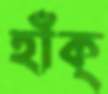
হাঁক্‌